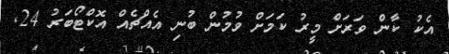
އެކު ކާން ވަރަށް މީރު ކަމަށް ވުމުން ބުނި އެއްޗެއް އޮކްޓޯބަރު 24